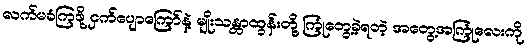
လက်မခံကြဖို့ ငှက်ပျောကြော်နဲ့ မျိုးသန္တာထွန်းတို့ ကြုံတွေ့ခဲ့ရတဲ့ အတွေ့အကြုံလေးကို